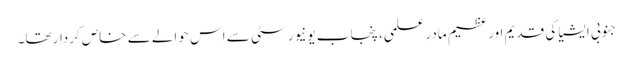
جنوبی ایشیا کی قدیم اور عظیم مادرِ علمی، پنجاب یونیورسٹی سے اس حوالے سے خاص کردار تھا۔